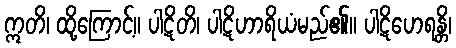
ဣတိ၊ ထို့ကြောင့်။ ပါဋိတိ၊ ပါဋိဟာရိယံမည်၏။ ပါဋိဟေရန္တိ၊